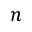
\boldsymbol { n }